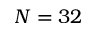
N = 3 2